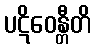
ပဋိဝေန္တီတိ